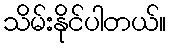
သိမ်းနိုင်ပါတယ်။